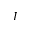
I